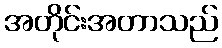
အတိုင်းအတာသည်